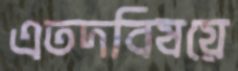
এতদবিষয়ে